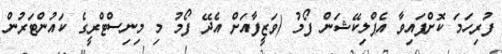
ފުރިހަމަ ކޮށްފައިވާ އެޕްލިކޭޝަން ފޯމު (ވަޒީފާއަށް އެދޭ ފޯމު މި މިނިސްޓްރީގެ ކައުންޓަރުން